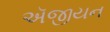
ઍજીયન